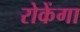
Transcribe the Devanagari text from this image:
रोकेंगा